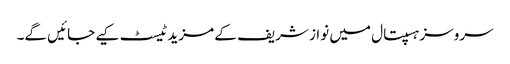
سروسز ہسپتال میں نواز شریف کے مزید ٹیسٹ کیے جائیں گے۔